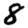
Digit: 8